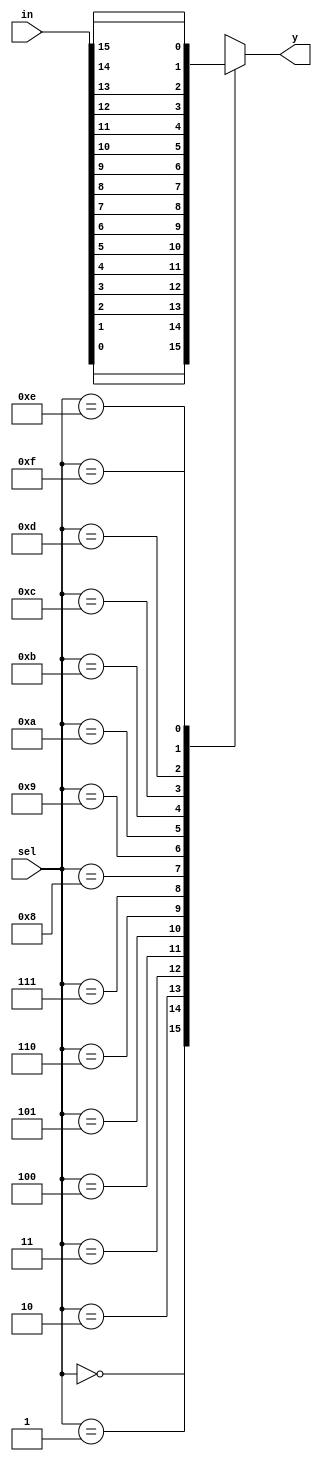
`timescale 1ns / 1ps
//////////////////////////////////////////////////////////////////////////////////
// Company: 
// Engineer: 
// 
// Design Name: 
// Module Name:    n_1mux 
// Project Name: 
// Target Devices: 
// Tool versions: 
// Description: 
//
// Dependencies: 
//
// Revision: 
// Revision 0.01 - File Created
// Additional Comments: 
//
//////////////////////////////////////////////////////////////////////////////////
module n_1mux(in,sel,y);
parameter n=16;
input [n-1:0] in;
input [3:0] sel;
output reg y;

always @(in or sel)
begin
case(sel)
4'b0000: y= in[0];
4'b0001: y= in[1];
4'b0010: y= in[2];
4'b0011: y= in[3];
4'b0100: y= in[4];
4'b0101: y= in[5];
4'b0110: y= in[6];
4'b0111: y= in[7];
4'b1000: y= in[8];
4'b1001: y= in[9];
4'b1010: y= in[10];
4'b1011: y= in[11];
4'b1100: y= in[12];
4'b1101: y= in[13];
4'b1110: y= in[14];
4'b1111: y= in[n-1];
default: y=4'b0000;
endcase
end
endmodule